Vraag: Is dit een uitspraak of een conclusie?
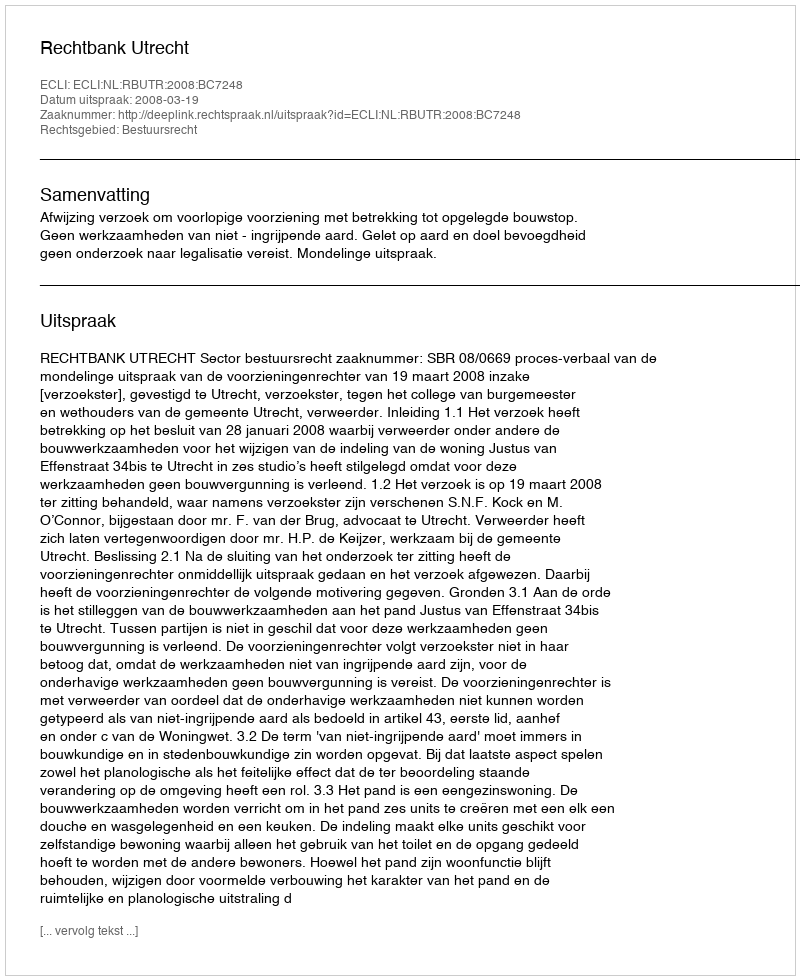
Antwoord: Uitspraak